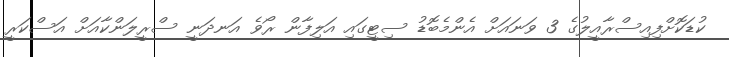
ކުޑަކޮށްފިއިސްރާއީލުގެ 3 ވަނައަށް އެންމެބޮޑު ސިޓީގައި އަލިފާން ރޯވެ އަނދަނީ ސްރީލަންކާއަށް އަސްކަރީ